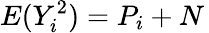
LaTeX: E(Y_{i}^{2})=P_{i}+N\,